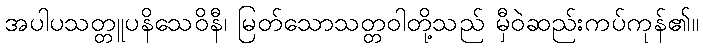
အပါပသတ္တူပနိသေဝိနီ၊ မြတ်သောသတ္တဝါတို့သည် မှီဝဲဆည်းကပ်ကုန်၏။